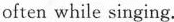
often while singing.